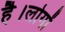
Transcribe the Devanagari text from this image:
है।लोगों